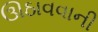
ઊઠાવવાની